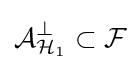
{\mathcal {A}}_{{\mathcal {H}}_{1}}^{\perp }\subset {\mathcal {F}}